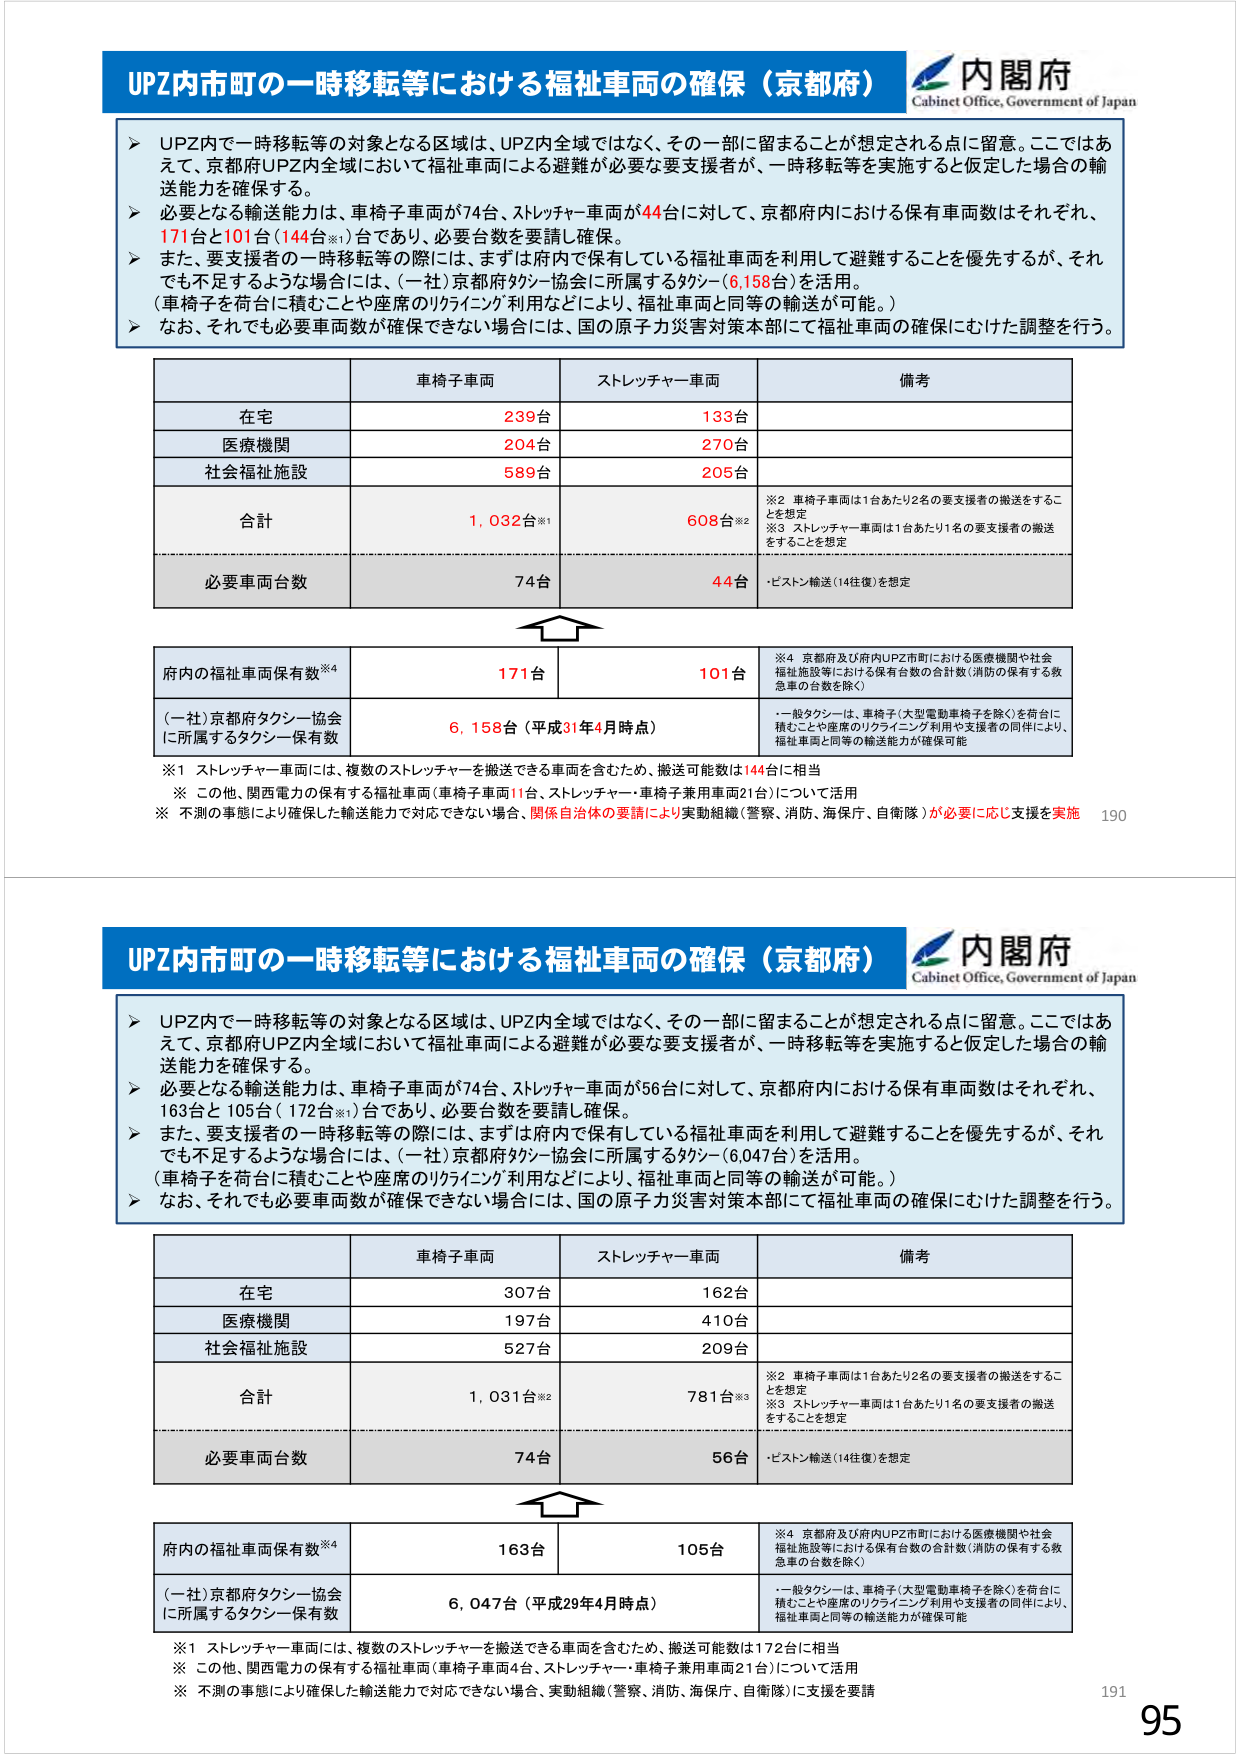
UPZ内市町の一時移転等における福祉車両の確保（京都府）
内閣府
Cabinet Office, Government of Japan

➤ UPZ内で一時移転等の対象となる区域は、UPZ内全域ではなく、その一部に留まることが想定される点に留意。ここではあえて、京都府UPZ内全域において福祉車両による避難が必要な要支援者が、一時移転等を実施すると仮定した場合の輸送能力を確保する。
➤ 必要となる輸送能力は、車椅子車両が74台、ストレッチャー車両が44台に対して、京都府内における保有車両数はそれぞれ、171台と101台（144台※1）台であり、必要台数を要請し確保。
➤ また、要支援者の一時移転等の際には、まずは府内で保有している福祉車両を利用して避難することを優先するが、それでも不足するような場合には、（一社）京都府タクシー協会に所属するタクシー（6,158台）を活用。
（車椅子を荷台に積むことや座席のリクライニング利用などにより、福祉車両と同等の輸送が可能。）
➤ なお、それでも必要車両数が確保できない場合には、国の原子力災害対策本部にて福祉車両の確保にむけた調整を行う。

車椅子車両　　ストレッチャー車両　　備考
在宅　　　　　239台　　　　　133台
医療機関　　　204台　　　　　270台
社会福祉施設　589台　　　　　205台
合計　　　　　1,032台※1　　　608台※2
　　　　　　　　　　　　　　　※2 車椅子車両は1台あたり2名の要支援者の搬送をすることを想定
　　　　　　　　　　　　　　　※3 ストレッチャー車両は1台あたり1名の要支援者の搬送をすることを想定
必要車両台数　　74台　　　　　44台　　　　　・ピストン輸送（14往復）を想定

府内の福祉車両保有数※4　　　171台　　　　　101台
（一社）京都府タクシー協会に所属するタクシー保有数　6,158台（平成31年4月時点）
　　　　　　　　　　　　　　　・一般タクシーは、車椅子（大型電動車椅子を除く）を荷台に積むことや座席のリクライニング利用や支援者の同伴により、福祉車両と同等の輸送能力が確保可能

※1 ストレッチャー車両には、複数のストレッチャーを搬送できる車両を含むため、搬送可能数は144台に相当
※ この他、関西電力の保有する福祉車両（車椅子車両11台、ストレッチャー・車椅子兼用車両21台）について活用
※ 不測の事態により確保した輸送能力で対応できない場合、関係自治体の要請により実動組織（警察、消防、海保庁、自衛隊）が必要に応じ支援を実施

190

UPZ内市町の一時移転等における福祉車両の確保（京都府）
内閣府
Cabinet Office, Government of Japan

➤ UPZ内で一時移転等の対象となる区域は、UPZ内全域ではなく、その一部に留まることが想定される点に留意。ここではあえて、京都府UPZ内全域において福祉車両による避難が必要な要支援者が、一時移転等を実施すると仮定した場合の輸送能力を確保する。
➤ 必要となる輸送能力は、車椅子車両が74台、ストレッチャー車両が56台に対して、京都府内における保有車両数はそれぞれ、163台と105台（172台※1）台であり、必要台数を要請し確保。
➤ また、要支援者の一時移転等の際には、まずは府内で保有している福祉車両を利用して避難することを優先するが、それでも不足するような場合には、（一社）京都府タクシー協会に所属するタクシー（6,047台）を活用。
（車椅子を荷台に積むことや座席のリクライニング利用などにより、福祉車両と同等の輸送が可能。）
➤ なお、それでも必要車両数が確保できない場合には、国の原子力災害対策本部にて福祉車両の確保にむけた調整を行う。

車椅子車両　　ストレッチャー車両　　備考
在宅　　　　　307台　　　　　162台
医療機関　　　197台　　　　　410台
社会福祉施設　527台　　　　　209台
合計　　　　　1,031台※2　　　781台※3
　　　　　　　　　　　　　　　※2 車椅子車両は1台あたり2名の要支援者の搬送をすることを想定
　　　　　　　　　　　　　　　※3 ストレッチャー車両は1台あたり1名の要支援者の搬送をすることを想定
必要車両台数　　74台　　　　　56台　　　　　・ピストン輸送（14往復）を想定

府内の福祉車両保有数※4　　　163台　　　　　105台
（一社）京都府タクシー協会に所属するタクシー保有数　6,047台（平成29年4月時点）
　　　　　　　　　　　　　　　・一般タクシーは、車椅子（大型電動車椅子を除く）を荷台に積むことや座席のリクライニング利用や支援者の同伴により、福祉車両と同等の輸送能力が確保可能

※1 ストレッチャー車両には、複数のストレッチャーを搬送できる車両を含むため、搬送可能数は172台に相当
※ この他、関西電力の保有する福祉車両（車椅子車両4台、ストレッチャー・車椅子兼用車両21台）について活用
※ 不測の事態により確保した輸送能力で対応できない場合、実動組織（警察、消防、海保庁、自衛隊）に支援を要請

191
95